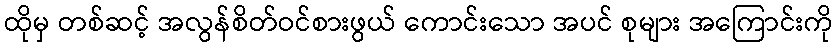
ထိုမှ တစ်ဆင့် အလွန်စိတ်ဝင်စားဖွယ် ကောင်းသော အပင် စုများ အကြောင်းကို